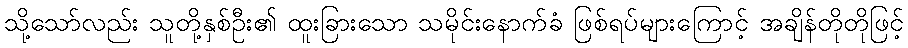
သို့သော်လည်း သူတို့နှစ်ဦး၏ ထူးခြားသော သမိုင်းနောက်ခံ ဖြစ်ရပ်များကြောင့် အချိန်တိုတိုဖြင့်